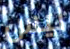
ليس